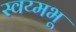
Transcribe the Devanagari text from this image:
स्वय्मभू